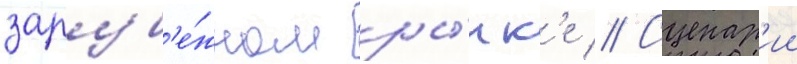
заруб'е́жном ры́нк'е // Сценар'ии